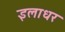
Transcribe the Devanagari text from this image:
इलाधर